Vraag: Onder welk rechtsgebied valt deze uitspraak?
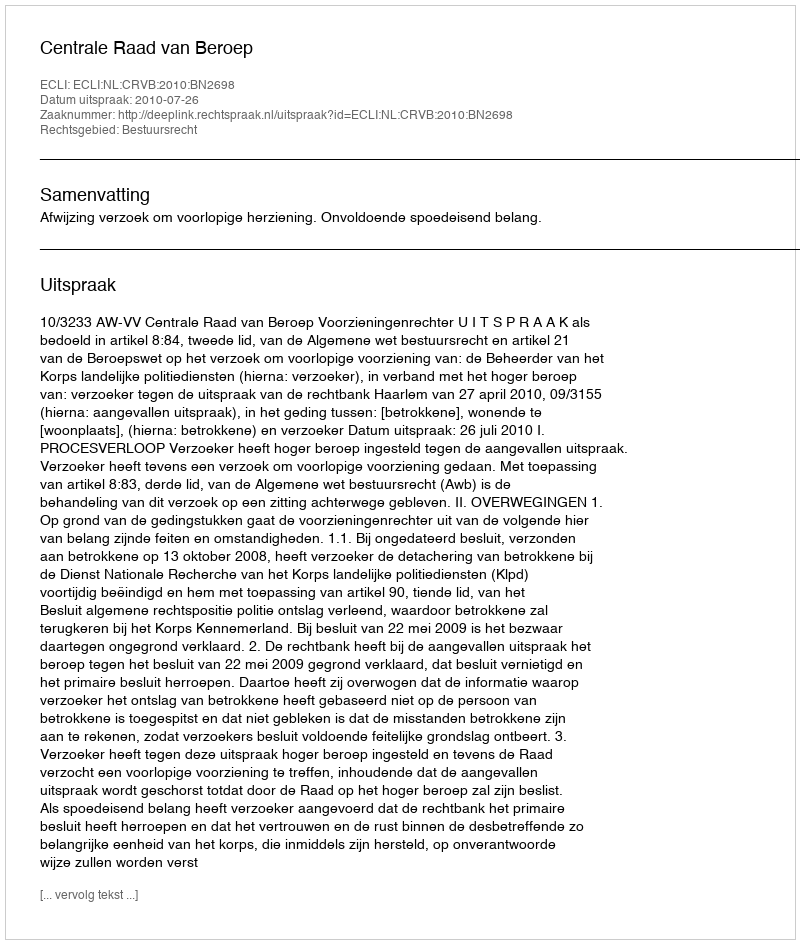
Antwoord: Bestuursrecht